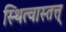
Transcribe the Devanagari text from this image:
स्थित्वास्तत्त्